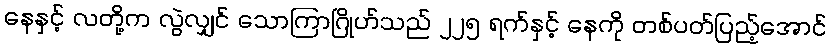
နေနှင့် လတို့က လွဲလျှင် သောကြာဂြိုဟ်သည် ၂၂၅ ရက်နှင့် နေကို တစ်ပတ်ပြည့်အောင်